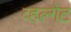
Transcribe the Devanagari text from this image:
व्हल्गेट